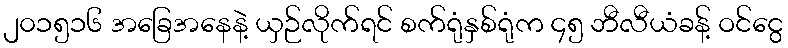
၂၀၁၅၁၆ အခြေအနေနဲ့ ယှဉ်လိုက်ရင် စက်ရုံနှစ်ရုံက ၄၅ ဘီလီယံခန့် ဝင်ငွေ